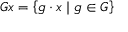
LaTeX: G x = \left\{ g \cdot x \mid g \in G \right\}